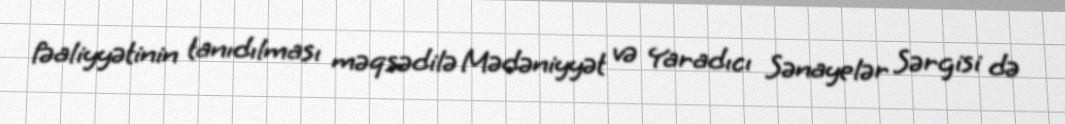
fəaliyyətinin tanıdılması məqsədilə Mədəniyyət və Yaradıcı Sənayelər Sərgisi də